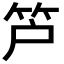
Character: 𥫿